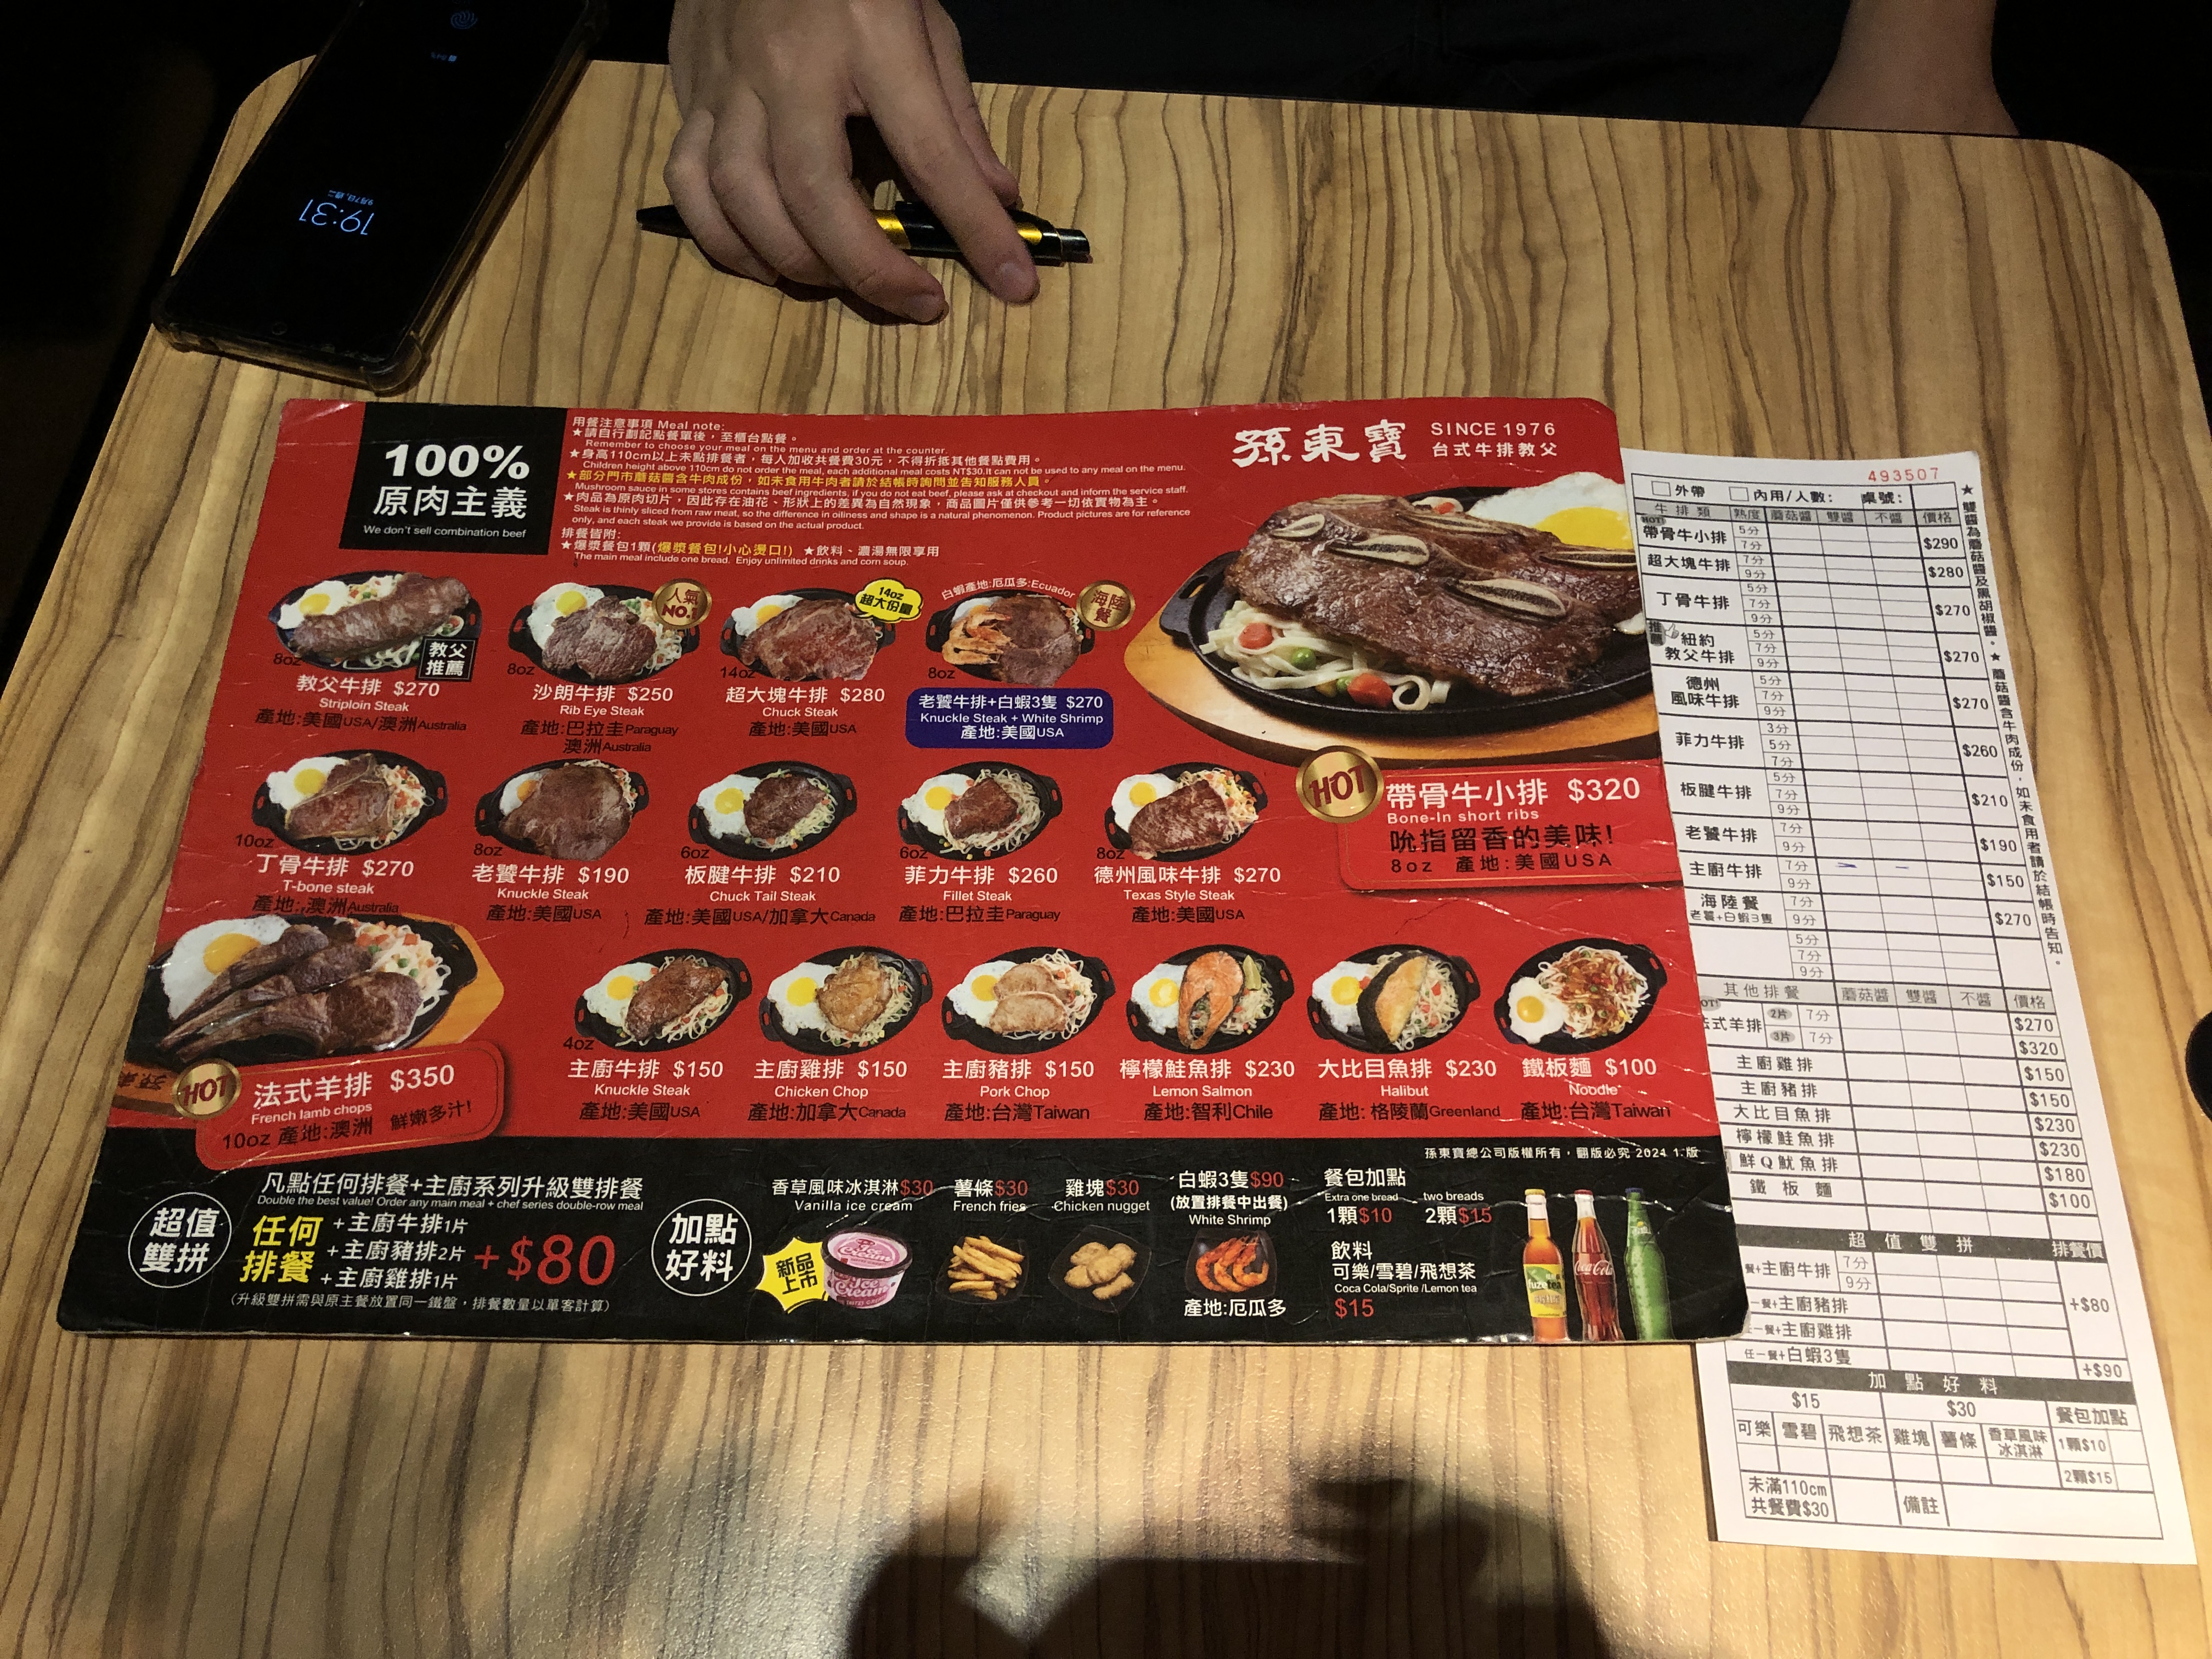
餐廳：孫東寶
菜單：
name: 教父牛排
price: $270
name: 沙朗牛排
price: $250
name: 紐約客牛排
price: $270
name: 超大塊牛排
price: $280
name: 帶骨牛小排
price: $320
name: 丁骨牛排
price: $270
name: 板腱牛排
price: $210
name: 菲力牛排
price: $260
name: 老饕牛排
price: $190
name: 德州風味牛排
price: $270
name: 法式羊排
price: $350
name: 主廚牛排
price: $150
name: 主廚雞排
price: $150
name: 主廚豬排
price: $150
name: 檸檬鮭魚排
price: $230
name: 大比目魚排
price: $230
name: 鮮Q魷魚排
price: $180
name: 鐵板麵
price: $100